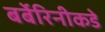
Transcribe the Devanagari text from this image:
बर्बेरिनीकडे